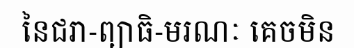
នៃជរា-ព្យាធិ-មរណៈ គេចមិន